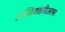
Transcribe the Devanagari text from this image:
अन्तिबक्तेरिअल्स